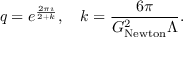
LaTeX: q = e ^ { \frac { 2 \pi \imath } { 2 + k } } , \quad k = \frac { 6 \pi } { G _ { \mathrm { N e w t o n } } ^ { 2 } \Lambda } .